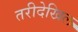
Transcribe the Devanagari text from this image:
तरीदेखिल